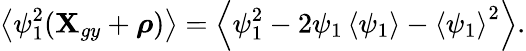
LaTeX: \left\langle\psi_{1}^{2}(\textbf{X}_{gy}+\boldsymbol{\rho})\right\rangle=\left\langle\psi_{1}^{2}-2\psi_{1}\left\langle\psi_{1}\right\rangle-\left\langle\psi_{1}\right\rangle^{2}\right\rangle.